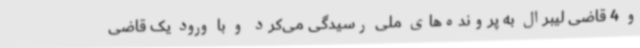
و 4 قاضی لیبرال به پرونده‌های ملی رسیدگی می‌کرد و با ورود یک قاضی